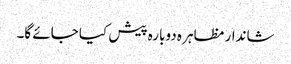
شاندار مظاہر ہ دوبارہ پیش کیا جائے گا۔